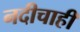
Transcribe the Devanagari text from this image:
नदीचाही